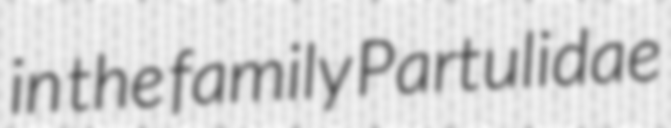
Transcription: in the family Partulidae